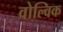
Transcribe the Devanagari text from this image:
वोल्विक